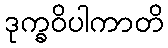
ဒုက္ခဝိပါကာတိ